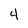
Character: 4